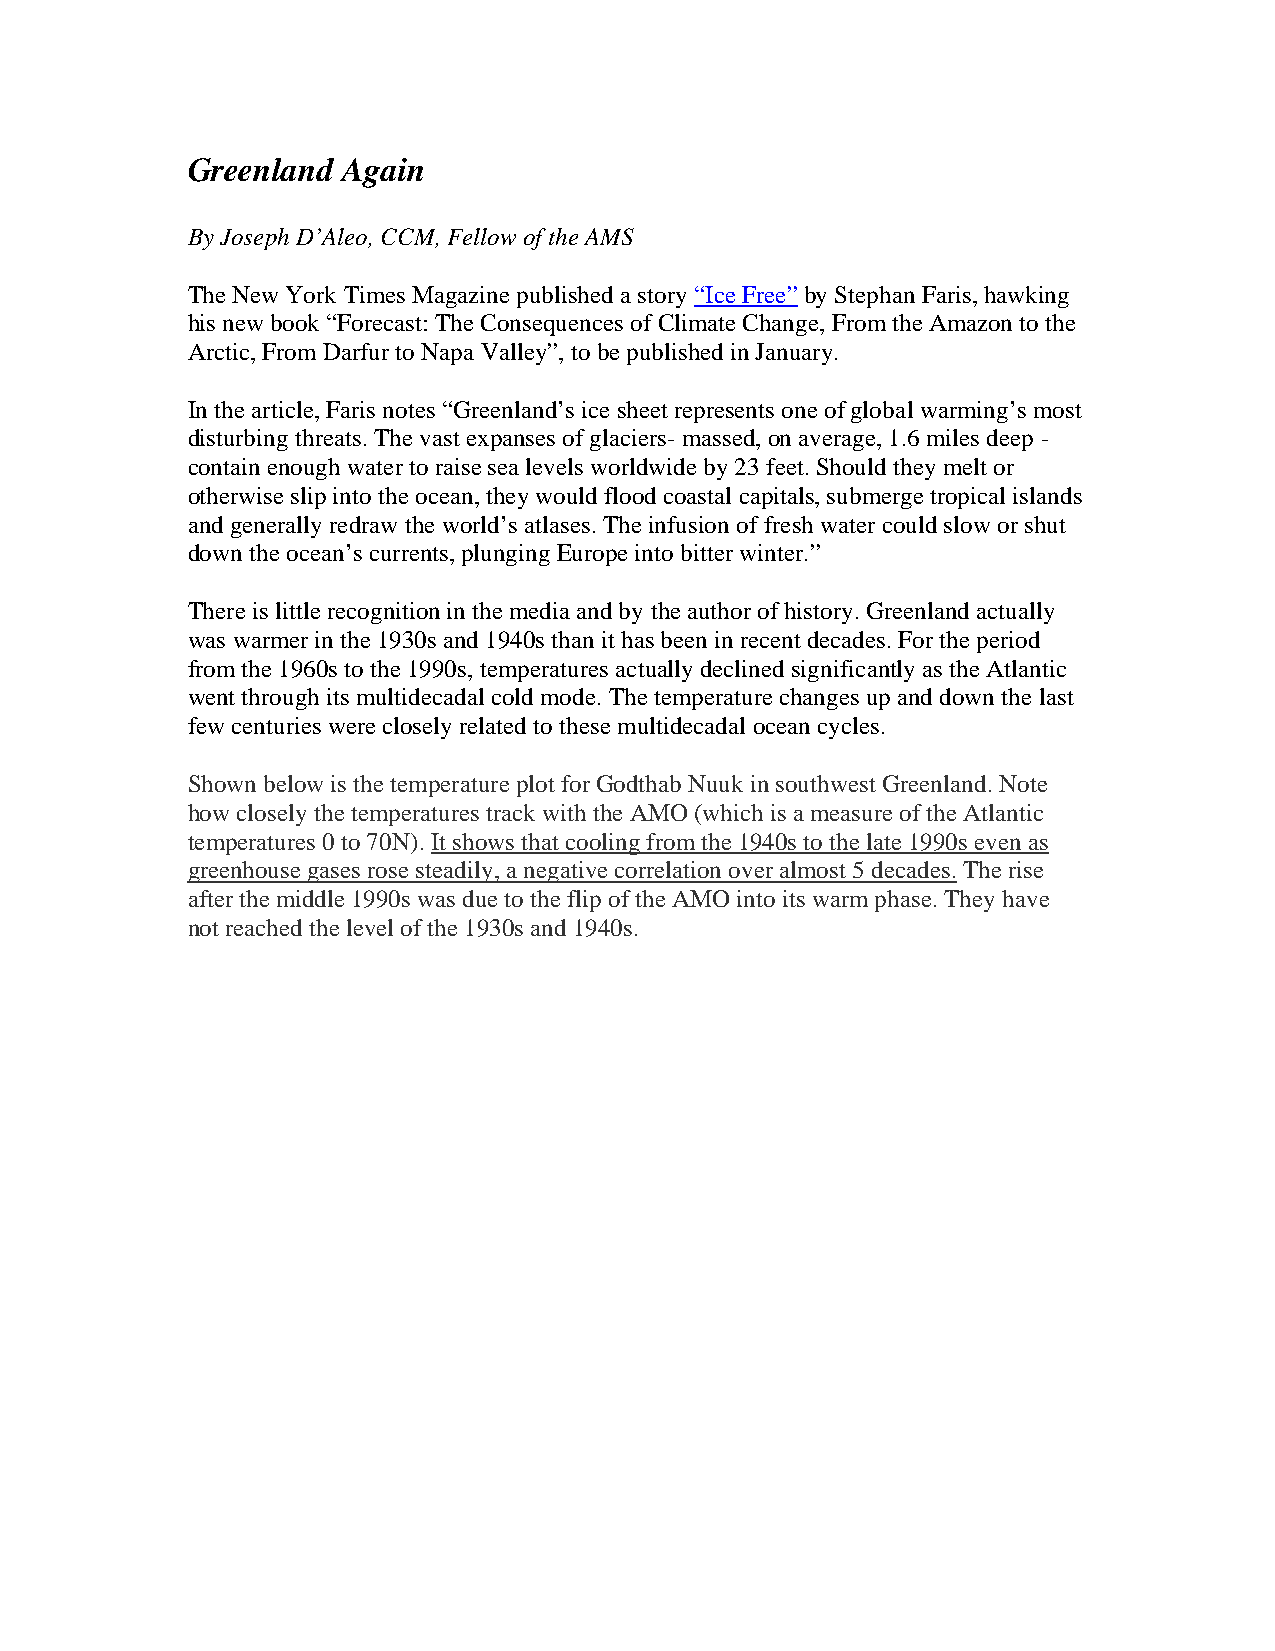
Greenland  Again
 By Joseph D’Aleo, CCM, Fellow of the AMS
 The New York Times Magazine published a story “Ice Free” by Stephan Faris, hawking
 his new book “Forecast: The Consequences of Climate Change, From the Amazon to the
 Arctic, From Darfur to Napa Valley”, to be published in January.
 In the article, Faris notes “Greenland’s ice sheet represents one of global warming’s most
 disturbing threats. The vast expanses of glaciers- massed, on average, 1.6 miles deep -
 contain enough water to raise sea levels worldwide by 23 feet. Should they melt or
 otherwise slip into the ocean, they would flood coastal capitals, submerge tropical islands
 and generally redraw the world’s atlases. The infusion of fresh water could slow or shut
 down the ocean’s currents, plunging Europe into bitter winter.”
 There is little recognition in the media and by the author of history. Greenland actually
 was warmer in the 1930s and 1940s than it has been in recent decades. For the period
 from the 1960s to the 1990s, temperatures actually declined significantly as the Atlantic
 went through its multidecadal cold mode. The temperature changes up and down the last
 few centuries were closely related to these multidecadal ocean cycles.
 Shown below is the temperature plot for Godthab Nuuk in southwest Greenland. Note
 how closely the temperatures track with the AMO (which is a measure of the Atlantic
 temperatures 0 to 70N). It shows that cooling from the 1940s to the late 1990s even as
 greenhouse gases rose steadily, a negative correlation over almost 5 decades. The rise
 after the middle 1990s was due to the flip of the AMO into its warm phase. They have
 not reached the level of the 1930s and 1940s.